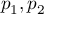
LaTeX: p _ { 1 } , p _ { 2 }